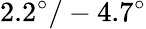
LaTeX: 2.2^{\circ}/-4.7^{\circ}